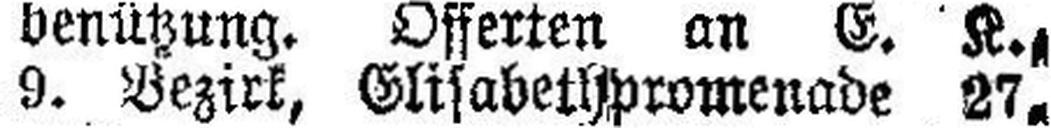
9. Bezirk, Elisabethpromenade 27,